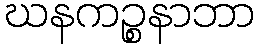
ဃနကဉ္စနာဘာ